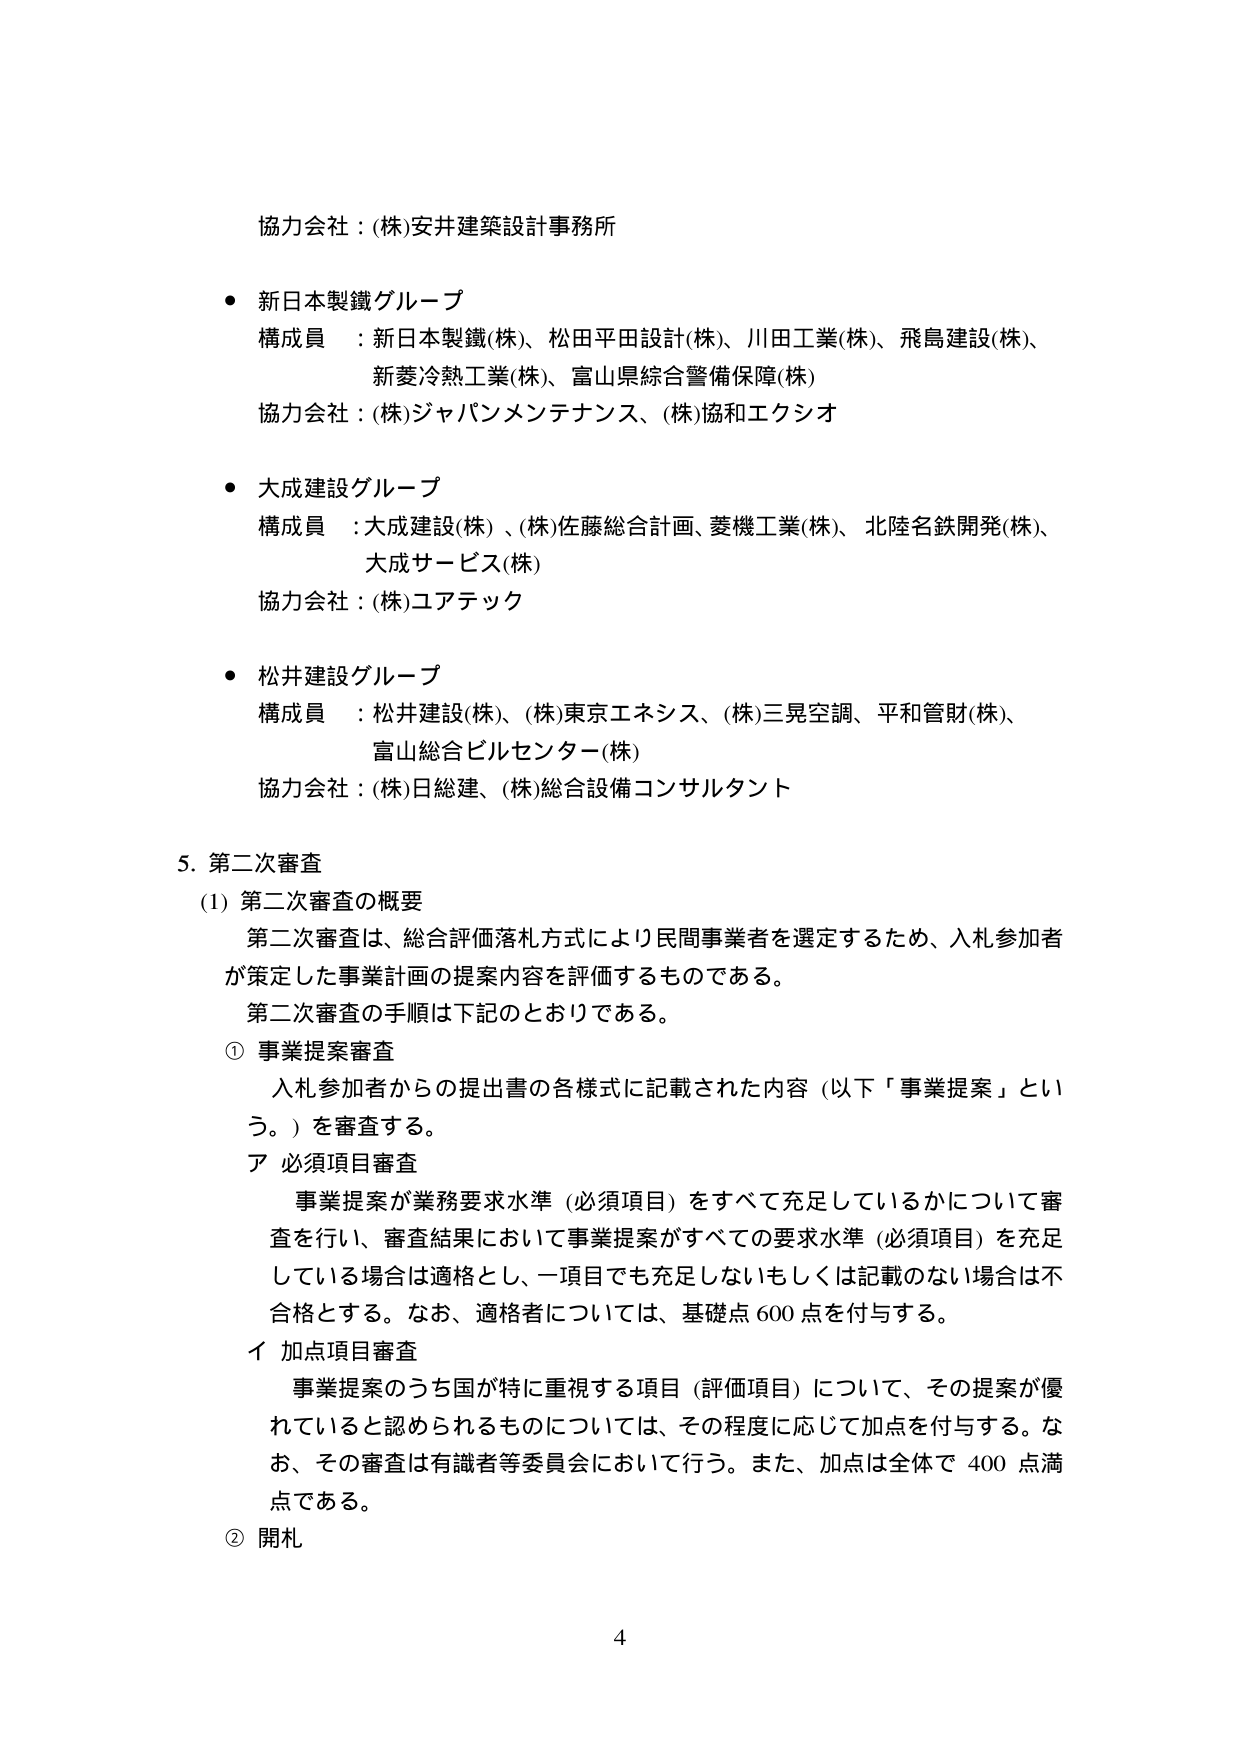
協力会社：(株)安井建築設計事務所

● 新日本製鐵グループ
構成員：新日本製鐵(株)、松田平田設計(株)、川田工業(株)、飛島建設(株)、
　　　　新菱冷熱工業(株)、富山県綜合警備保障(株)
協力会社：(株)ジャパンメンテナンス、(株)協和エクシオ

● 大成建設グループ
構成員：大成建設(株)、(株)佐藤総合計画、菱機工業(株)、北陸名鉄開発(株)、
　　　　大成サービス(株)
協力会社：(株)ユアテック

● 松井建設グループ
構成員：松井建設(株)、(株)東京エネシス、(株)三晃空調、平和管財(株)、
　　　　富山総合ビルセンター(株)
協力会社：(株)日総建、(株)総合設備コンサルタント

5. 第二次審査
(1) 第二次審査の概要
　第二次審査は、総合評価落札方式により民間事業者を選定するため、入札参加者が策定した事業計画の提案内容を評価するものである。
　第二次審査の手順は下記のとおりである。

① 事業提案審査
　入札参加者からの提出書の各様式に記載された内容（以下「事業提案」という。）を審査する。
ア 必須項目審査
　事業提案が業務要求水準（必須項目）をすべて充足しているかについて審査を行い、審査結果において事業提案がすべての要求水準（必須項目）を充足している場合は適格とし、一項目でも充足しないもしくは記載のない場合は不合格とする。なお、適格者については、基礎点600点を付与する。
イ 加点項目審査
　事業提案のうち国が特に重視する項目（評価項目）について、その提案が優れていると認められるものについては、その程度に応じて加点を付与する。なお、その審査は有識者等委員会において行う。また、加点は全体で400点満点である。

② 開札

4